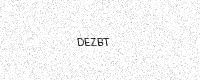
Text: DEZBT